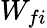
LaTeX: W_{fi}